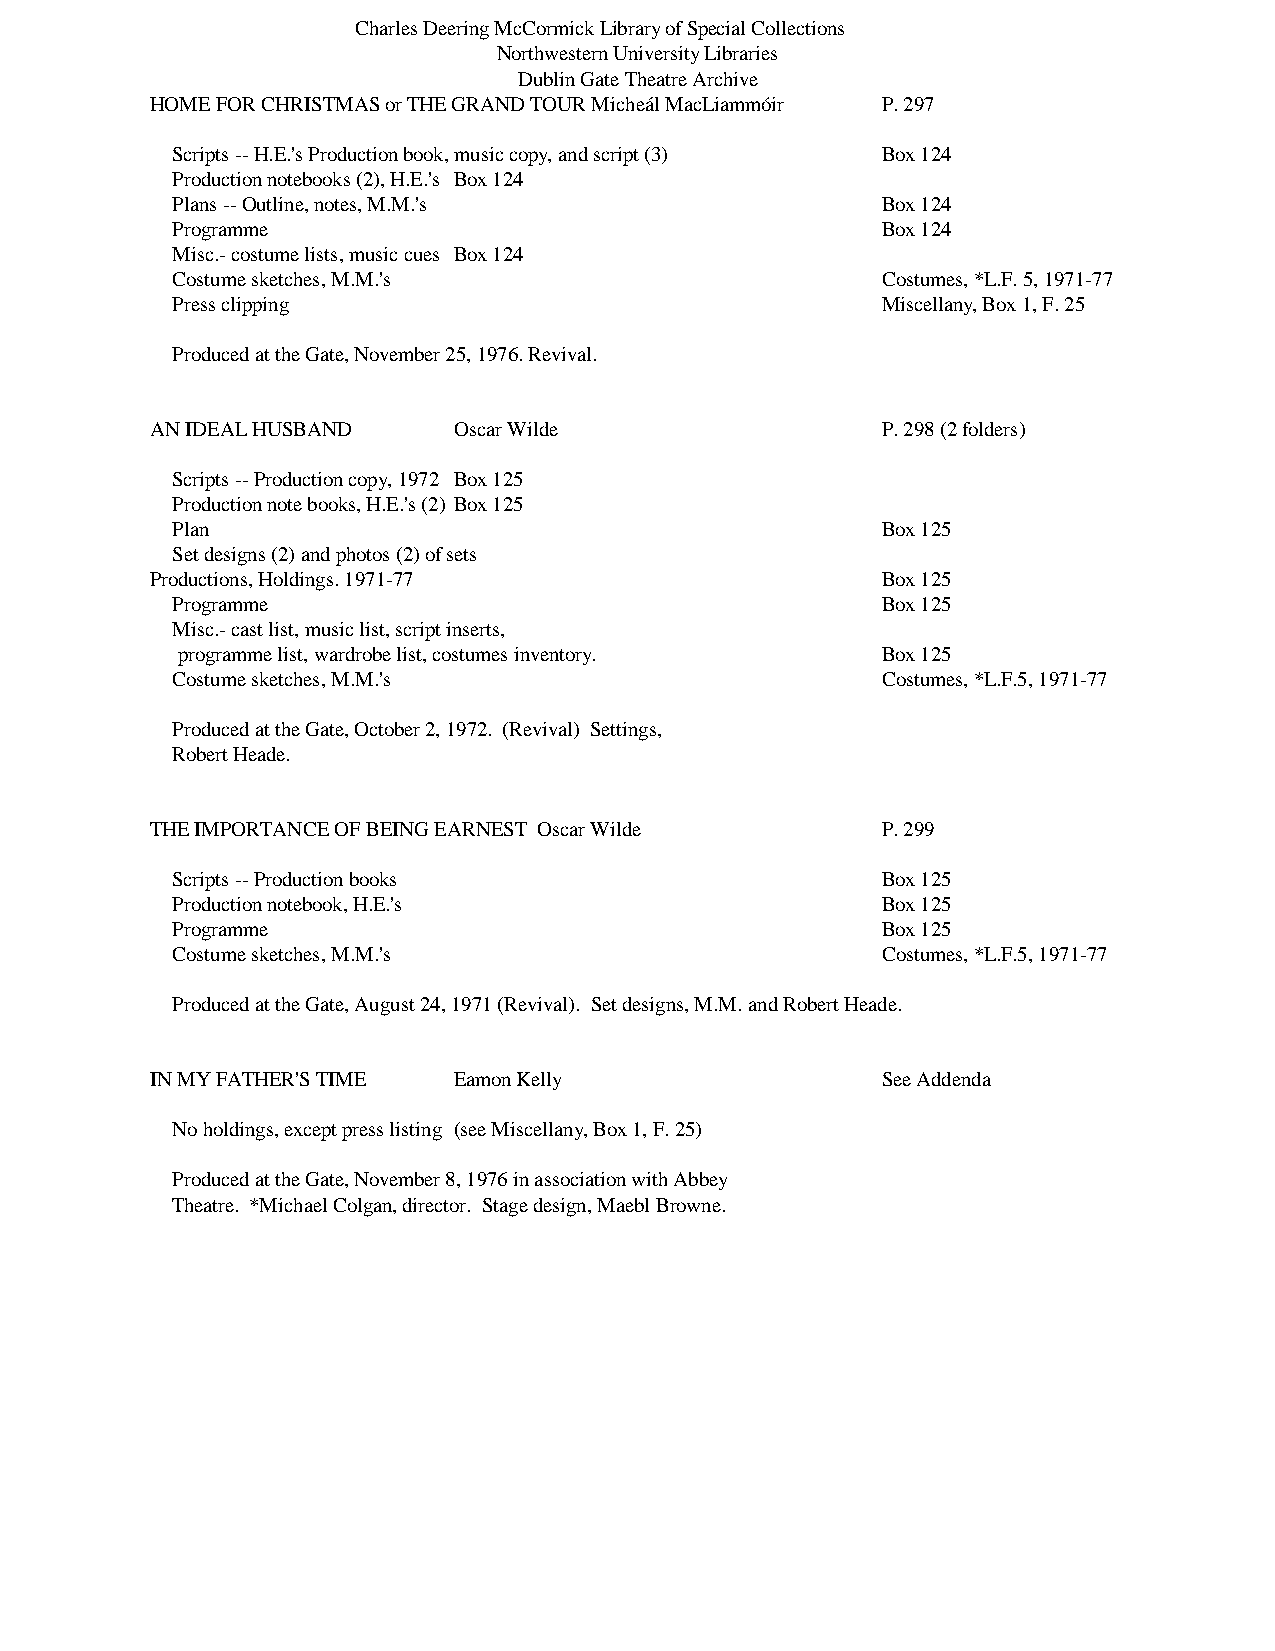
Charles Deering McCormick Library of Special Collections
 Northwestern University Libraries
 Dublin Gate Theatre Archive
 HOME FOR CHRISTMAS or THE GRAND TOUR Micheál MacLiammóir P. 297
 Scripts -- H.E.'s Production book, music copy, and script (3) Box 124
 Production notebooks (2), H.E.'s Box 124
 Plans -- Outline, notes, M.M.'s                Box 124
 Programme                                      Box 124
 Misc.- costume lists, music cues Box 124
 Costume sketches, M.M.'s                       Costumes, *L.F. 5, 1971-77
 Press clipping                                 Miscellany, Box 1, F. 25
 Produced at the Gate, November 25, 1976. Revival.
 AN IDEAL HUSBAND    Oscar Wilde                 P. 298 (2 folders)
 Scripts -- Production copy, 1972 Box 125
 Production note books, H.E.'s (2) Box 125
 Plan                                           Box 125
 Set designs (2) and photos (2) of sets
 Productions, Holdings. 1971-77                  Box 125
 Programme                                      Box 125
 Misc.- cast list, music list, script inserts,
 programme list, wardrobe list, costumes inventory. Box 125
 Costume sketches, M.M.'s                       Costumes, *L.F.5, 1971-77
 Produced at the Gate, October 2, 1972. (Revival) Settings,
 Robert Heade.
 THE IMPORTANCE OF BEING EARNEST Oscar Wilde     P. 299
 Scripts -- Production books                    Box 125
 Production notebook, H.E.'s                    Box 125
 Programme                                      Box 125
 Costume sketches, M.M.'s                       Costumes, *L.F.5, 1971-77
 Produced at the Gate, August 24, 1971 (Revival). Set designs, M.M. and Robert Heade.
 IN MY FATHER'S TIME Eamon Kelly                 See Addenda
 No holdings, except press listing (see Miscellany, Box 1, F. 25)
 Produced at the Gate, November 8, 1976 in association with Abbey
 Theatre. *Michael Colgan, director. Stage design, Maebl Browne.